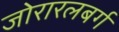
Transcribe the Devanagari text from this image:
जोरारलबर्ग